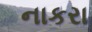
નાકરા